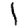
Digit: 1